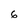
Character: 6